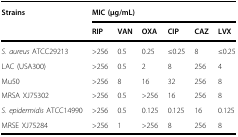
<table><thead><tr><td rowspan="2"><b>Strains</b></td><td colspan="6"><b>MIC (μg/mL)</b></td></tr><tr><td><b>RIP</b></td><td><b>VAN</b></td><td><b>OXA</b></td><td><b>CIP</b></td><td><b>CAZ</b></td><td><b>LVX</b></td></tr></thead><tbody><tr><td><i>S. aureus</i> ATCC29213</td><td>&gt;256</td><td>0.5</td><td>0.25</td><td>≤0.25</td><td>8</td><td>≤0.25</td></tr><tr><td>LAC (USA300)</td><td>&gt;256</td><td>0.5</td><td>2</td><td>8</td><td>256</td><td>4</td></tr><tr><td>Mu50</td><td>&gt;256</td><td>8</td><td>16</td><td>32</td><td>256</td><td>8</td></tr><tr><td>MRSA XJ75302</td><td>&gt;256</td><td>0.5</td><td>&gt;256</td><td>16</td><td>256</td><td>8</td></tr><tr><td><i>S. epidermidis</i> ATCC14990</td><td>&gt;256</td><td>0.5</td><td>0.125</td><td>0.125</td><td>16</td><td>0.125</td></tr><tr><td>MRSE XJ75284</td><td>&gt;256</td><td>1</td><td>&gt;256</td><td>8</td><td>256</td><td>8</td></tr></tbody></table>